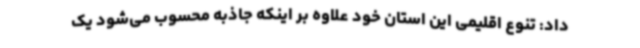
داد: تنوع اقلیمی این استان خود علاوه بر اینکه جاذبه محسوب می‌شود یک